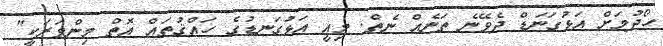
ހޯދުމަށް އަޅުގަނަޑް ދެވޭނެ ތަނެއް ނެތް. މިއީ އަޅުގަނޑުގެ ހައްޤުތައް އޮތް މިންވަރަކީ"